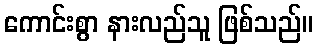
ကောင်းစွာ နားလည်သူ ဖြစ်သည်။